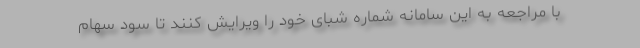
با مراجعه به این سامانه شماره شبای خود را ویرایش کنند تا سود سهام